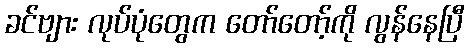
ခင်ဗျား လုပ်ပုံတွေက တော်တော့်ကို လွန်နေပြီ